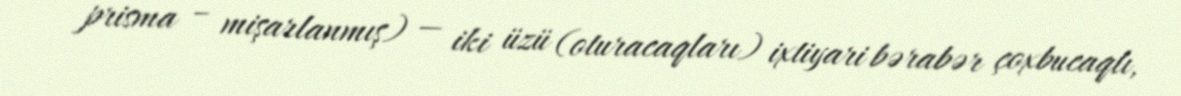
prisma – mişarlanmış) — iki üzü (oturacaqları) ixtiyari bərabər çoxbucaqlı,